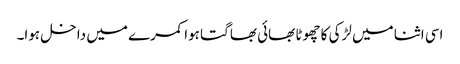
اسی اثنا میں لڑکی کا چھوٹا بھائی بھاگتا ہوا کمرے میں داخل ہوا۔